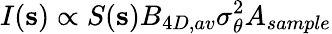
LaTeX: I(\mathbf{s})\propto S(\mathbf{s})B_{4D,av}\sigma_{\theta}^{2}A_{sample}